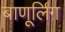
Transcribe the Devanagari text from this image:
बाणूर्लिंग